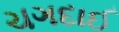
ચગદાઈ